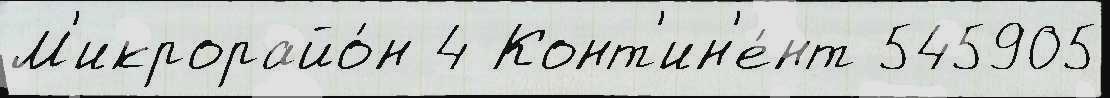
М'икрорайо́н 4 Конт'ин'е́нт 545905